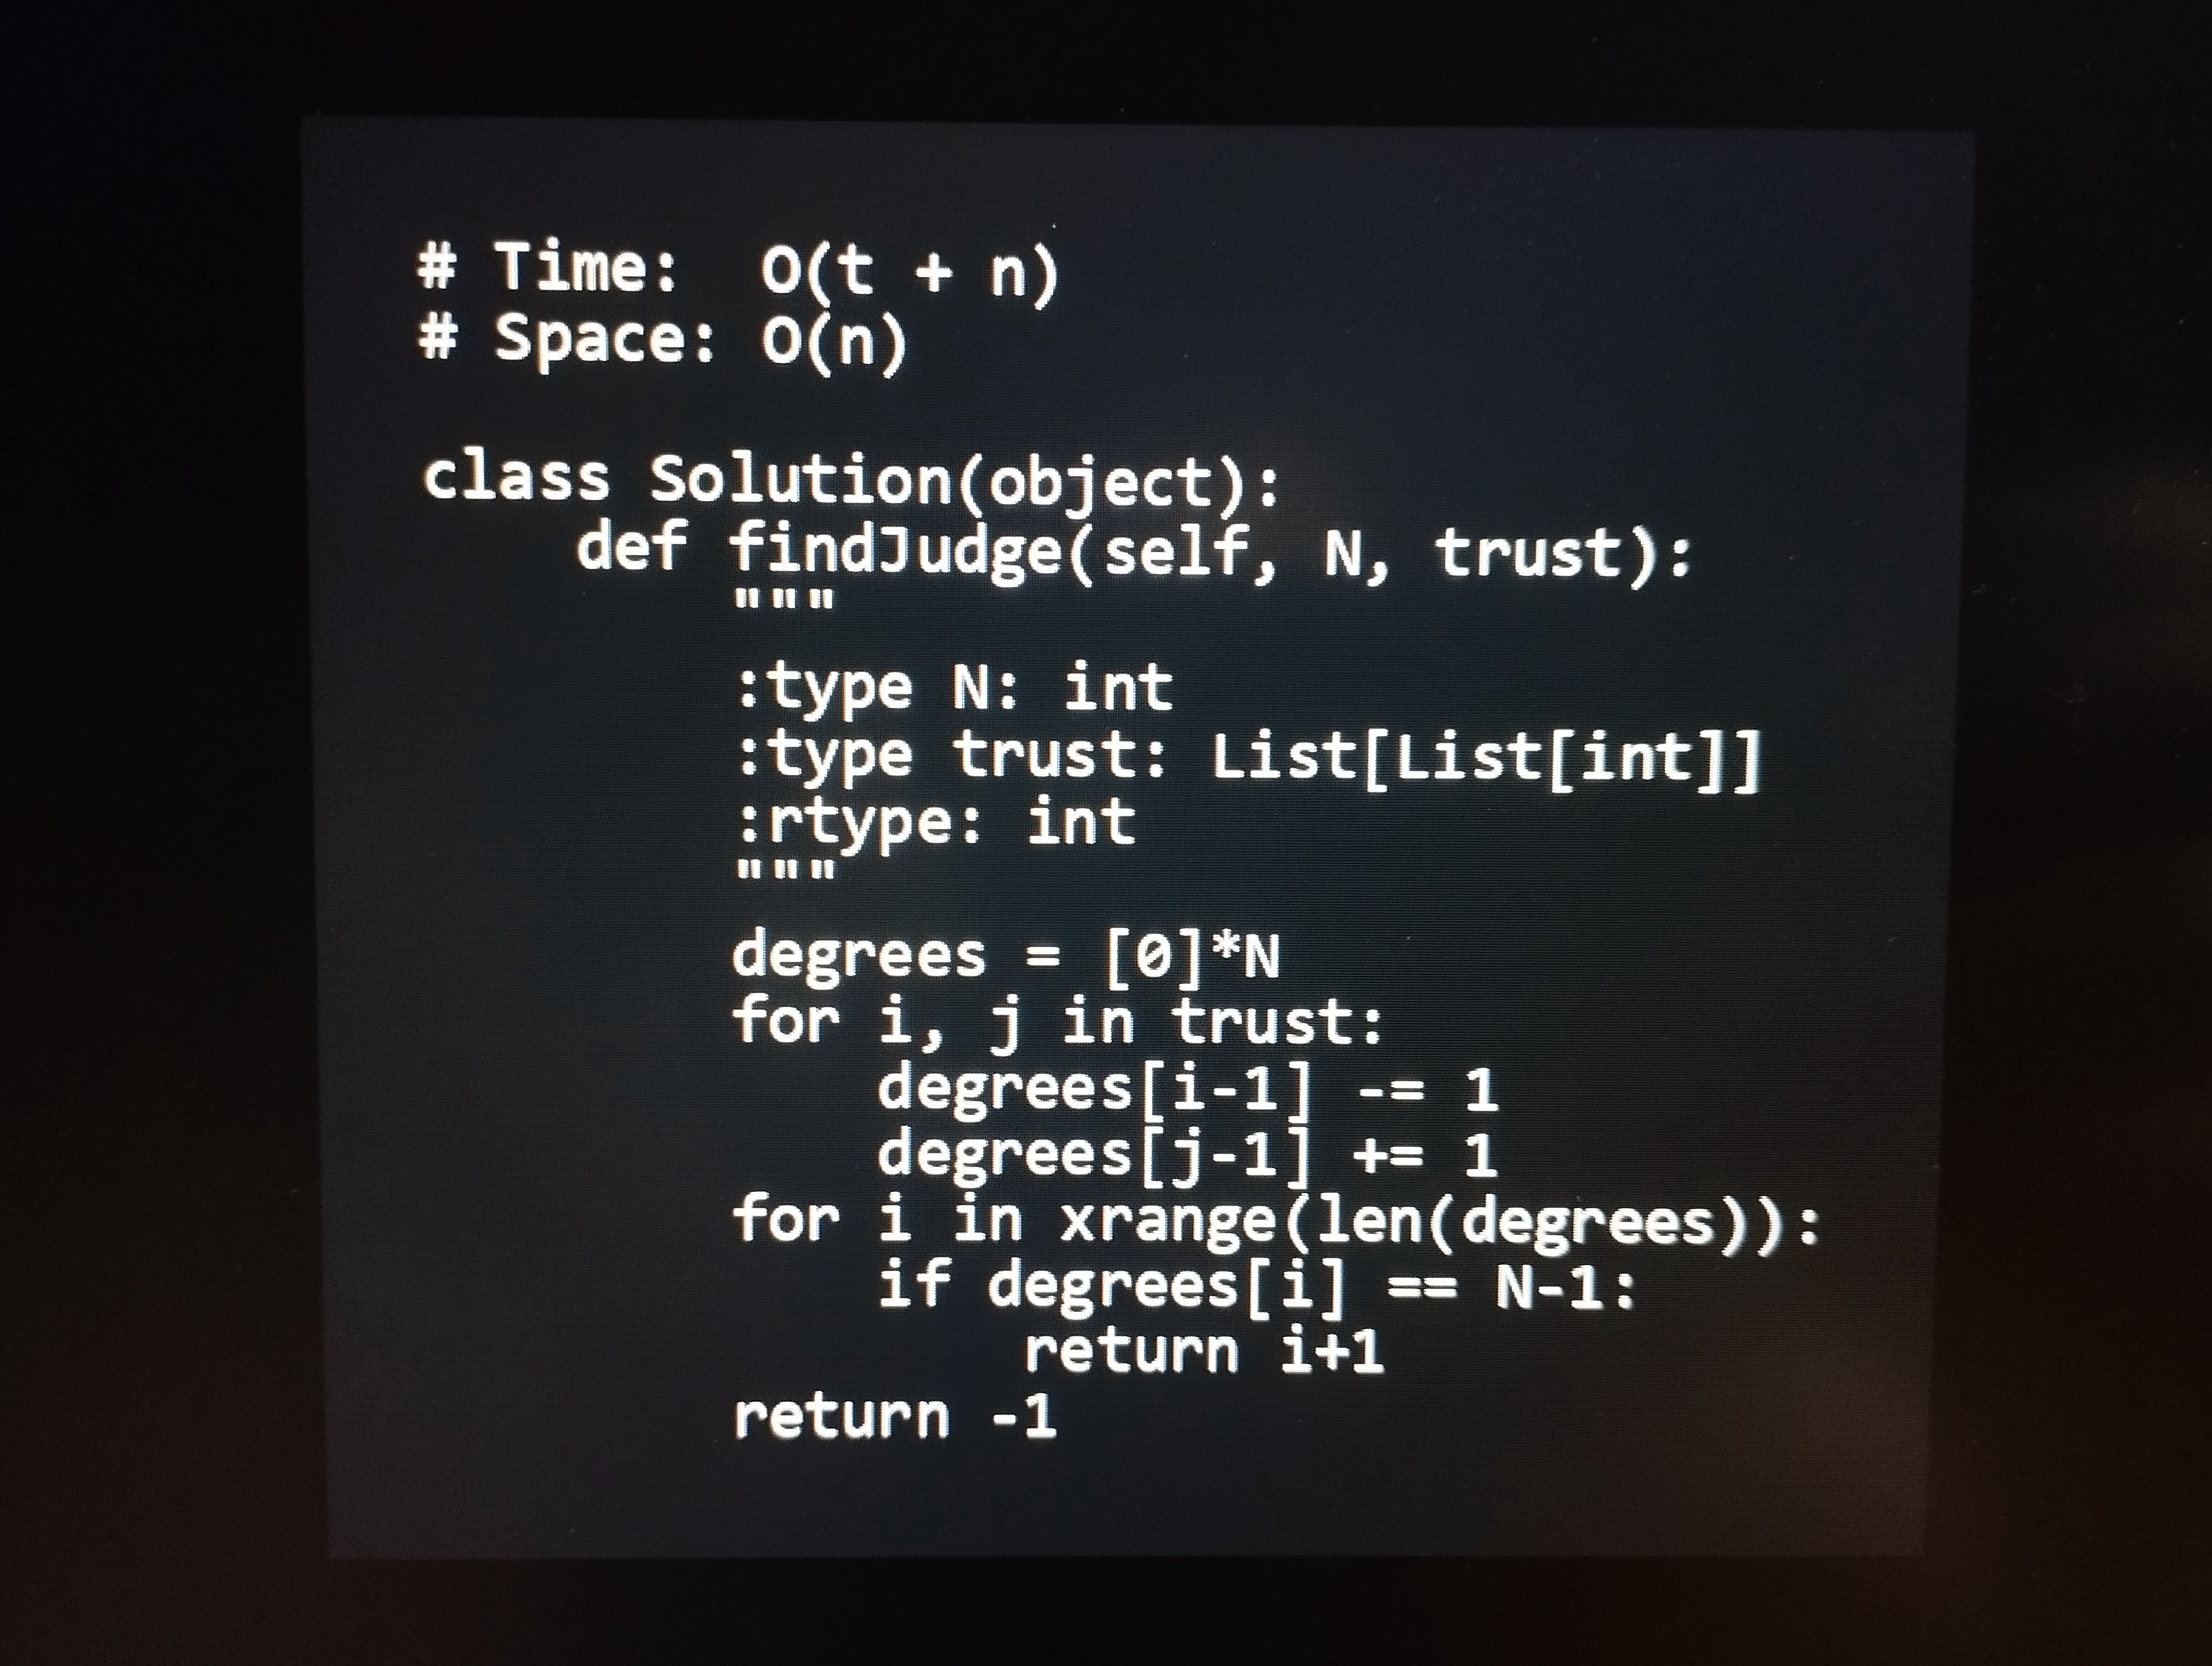
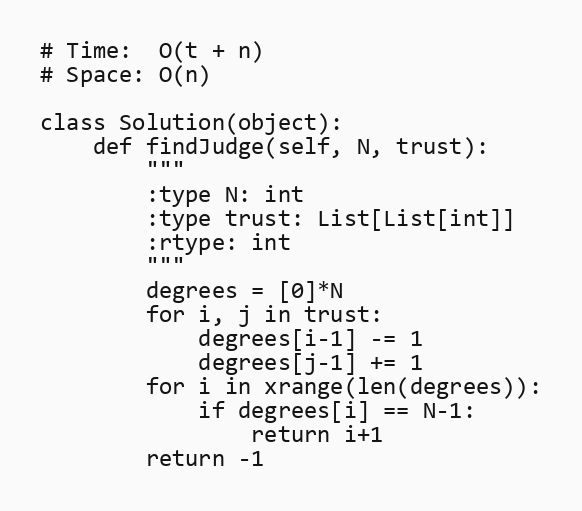
# Time:  O(t + n)
# Space: O(n)

class Solution(object):
    def findJudge(self, N, trust):
        """
        :type N: int
        :type trust: List[List[int]]
        :rtype: int
        """
        degrees = [0]*N
        for i, j in trust:
            degrees[i-1] -= 1
            degrees[j-1] += 1
        for i in xrange(len(degrees)):
            if degrees[i] == N-1:
                return i+1
        return -1